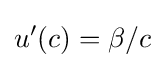
u'(c)=\beta /c